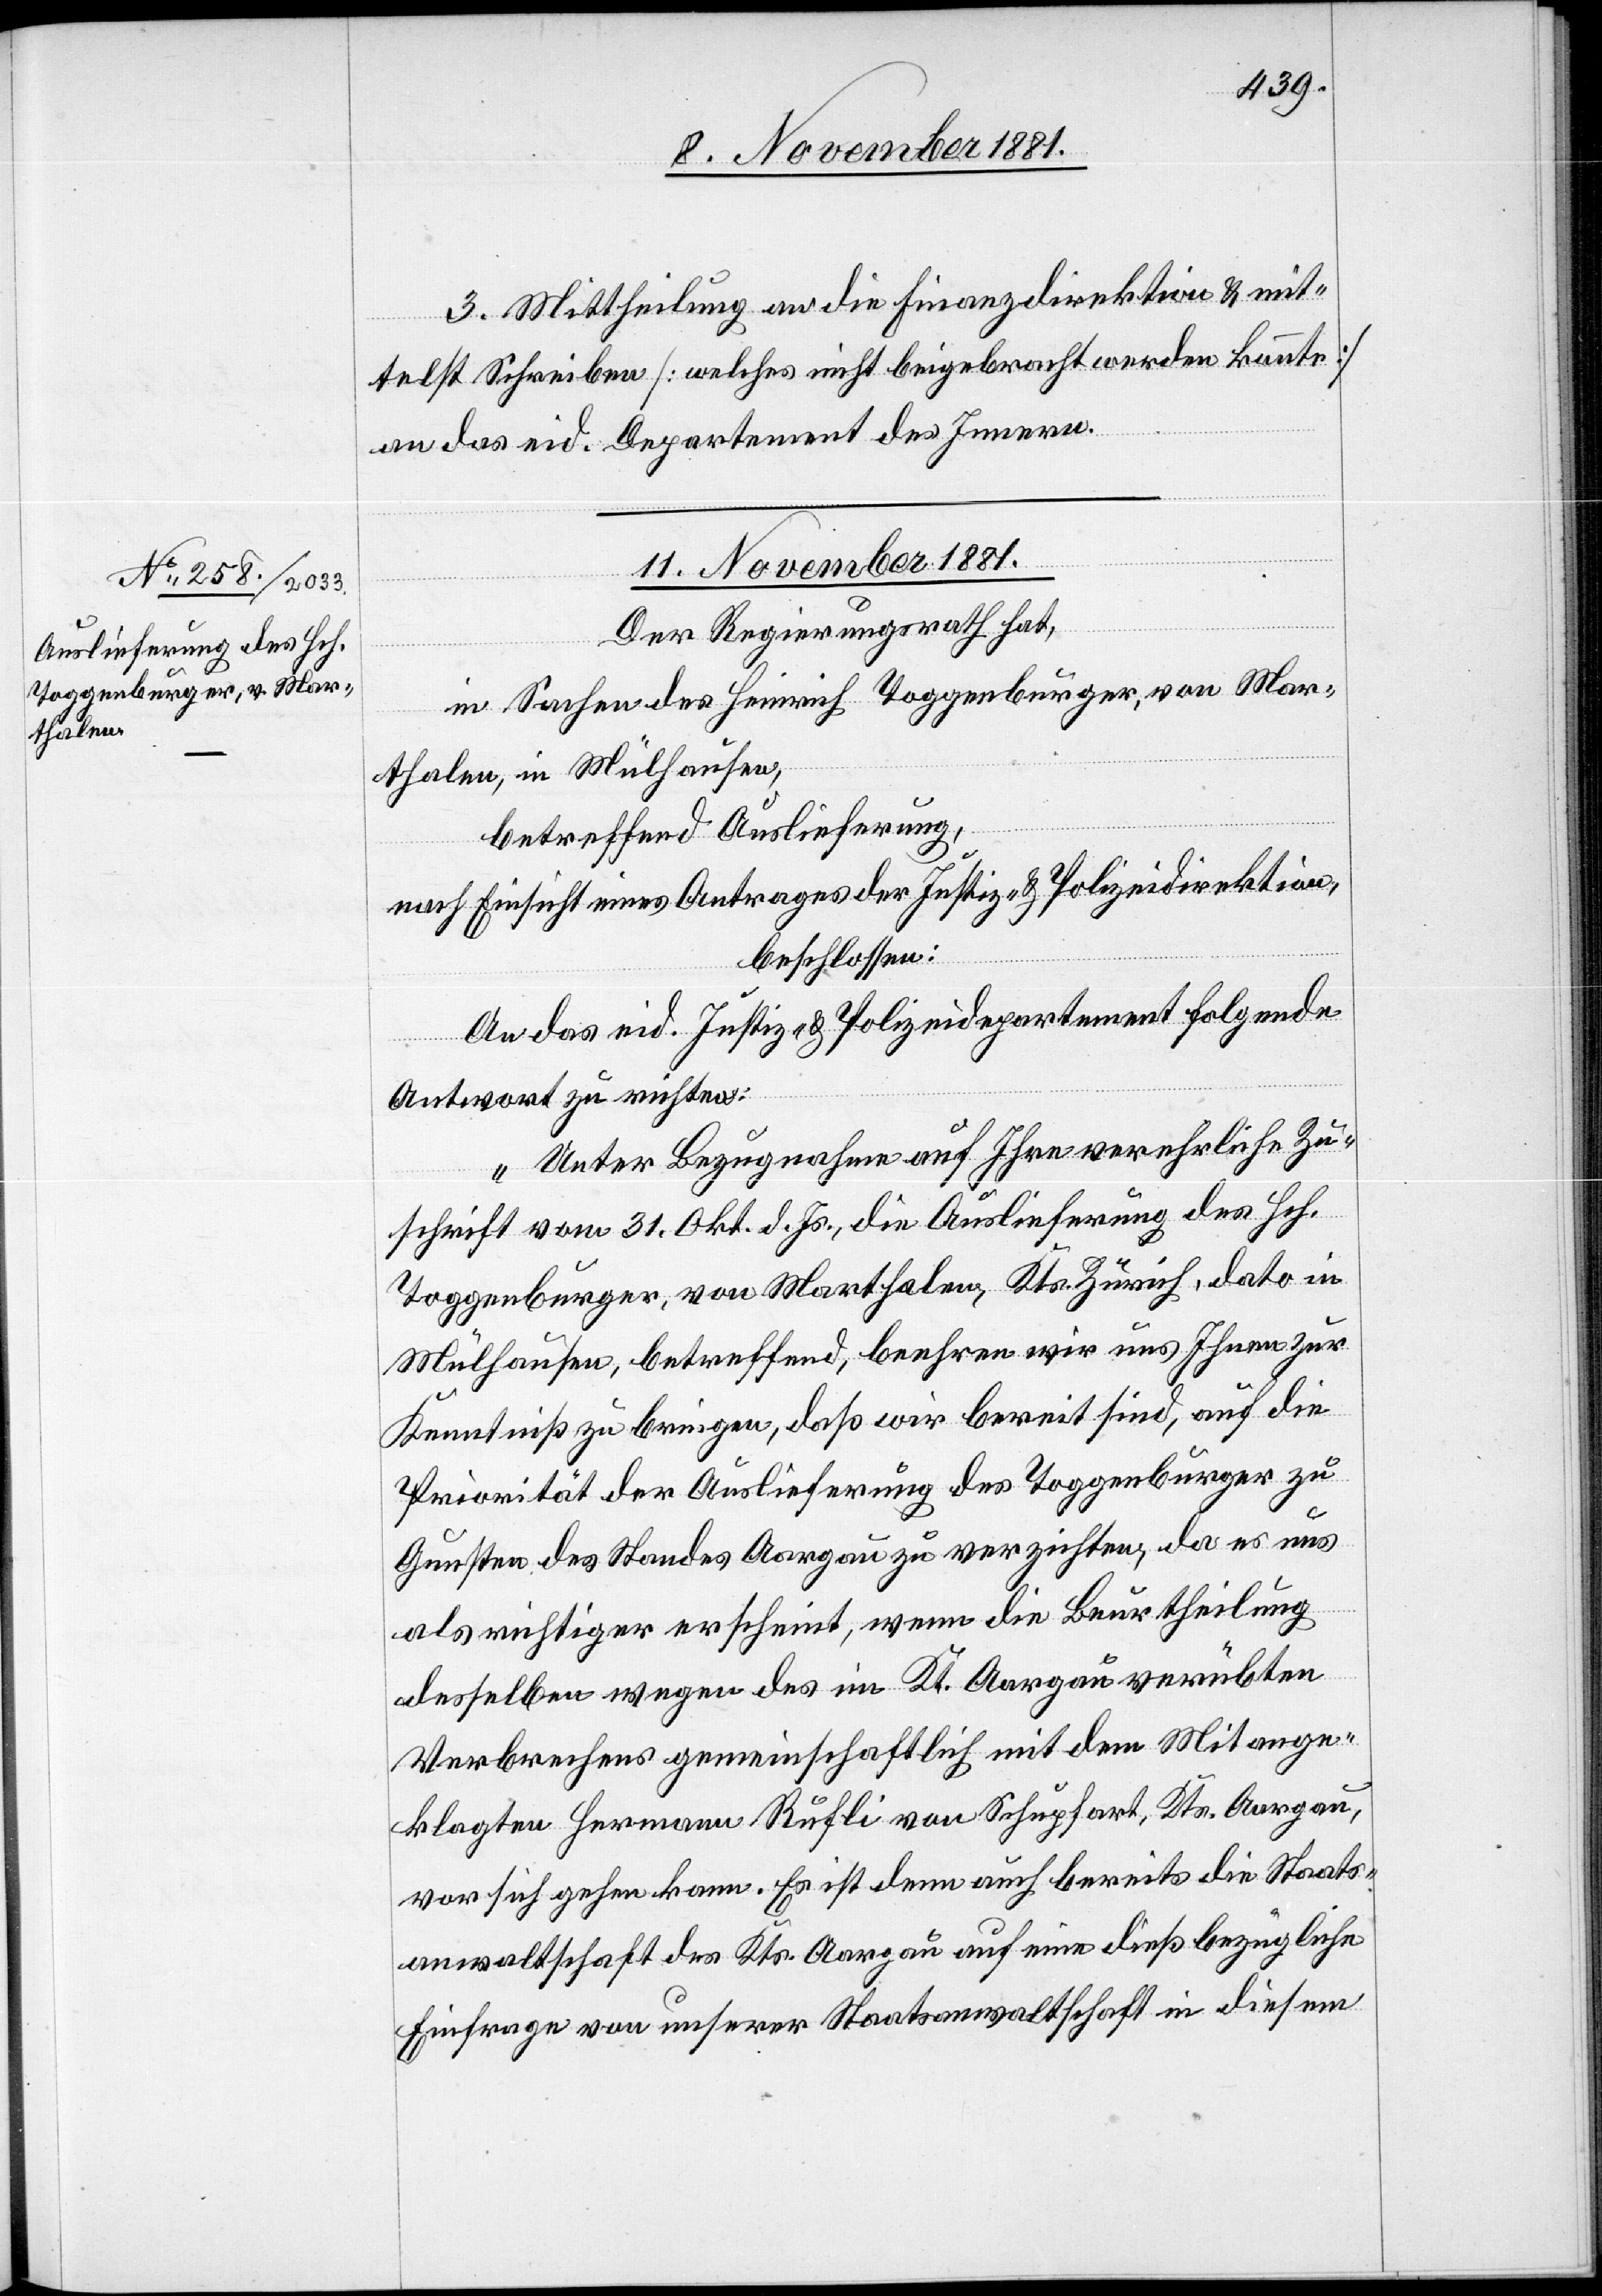
3. Mittheilung an die Finanzdirektion & mit¬
telst Schreiben [welches nicht beigebracht werden konnte]
an das eid. Departement des Innern.
11. November 1881.
Der Regierungsrath hat,
in Sachen des Heinrich Toggenburger, von Mar¬
thalen, in Mülhausen,
betreffend Auslieferung,
nach Einsicht eines Antrages der Justiz- & Polizeidirektion,
beschlossen:
An das eid. Justiz- & Polizeidepartement folgende
Antwort zu richten:
„Unter Bezugnahme auf Ihre verehrliche Zu¬
schrift vom 31. Okt. d. Js., die Auslieferung des Hch.
Toggenburger, von Marthalen, Kts. Zürich, dato in
Mülhausen, betreffend, beehren wir uns Ihnen zur
Kenntniß zu bringen, daß wir bereit sind, auf die
Priorität der Auslieferung des Toggenburger zu
Gunsten des Standes Aargau zu verzichten, da es uns
als richtiger erscheint, wenn die Beurtheilung
desselben wegen des im Kt. Aargau verübten
Verbrechens gemeinschaftlich mit dem Mitange¬
klagten Hermann Rufli von Schupfart, Kts. Aargau,
von sich gehen kann. Es ist denn auch bereits die Staats¬
anwaltschaft des Kts. Aargau auf eine dießbezügliche
Einfrage von unserer Staatsanwaltschaft in diesem